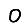
Digit: 0